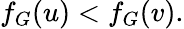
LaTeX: f_{G}(u)<f_{G}(v).